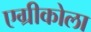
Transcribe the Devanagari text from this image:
एग्रीकोला